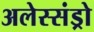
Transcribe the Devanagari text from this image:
अलेस्संड्रो